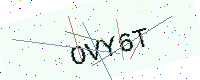
Text: OVY6T